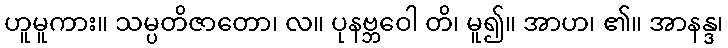
ဟူမူကား။ သမ္ပတိဇာတော၊ လ။ ပုနဗ္ဘဝေါ တိ၊ မူ၍။ အာဟ၊ ၏။ အာနန္ဒ၊